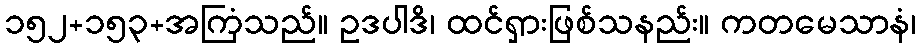
၁၅၂+၁၅၃+အကြံသည်။ ဥဒပါဒိ၊ ထင်ရှားဖြစ်သနည်း။ ကတမေသာနံ၊